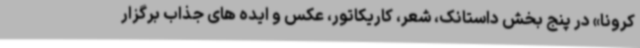
کرونا» در پنج بخش داستانک، شعر، کاریکاتور، عکس و ایده های جذاب برگزار